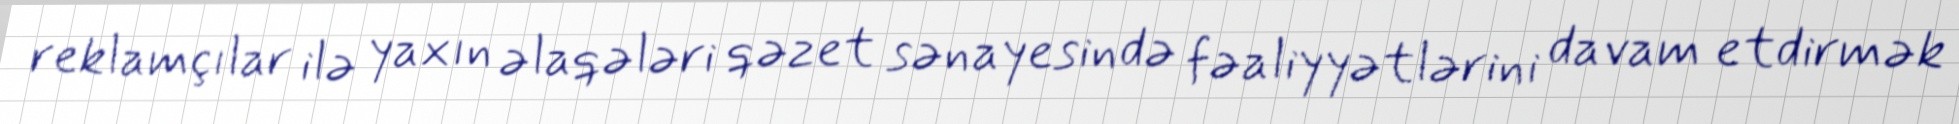
reklamçılar ilə yaxın əlaqələri qəzet sənayesində fəaliyyətlərini davam etdirmək